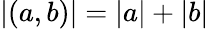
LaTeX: |(a,b)|=|a|+|b|